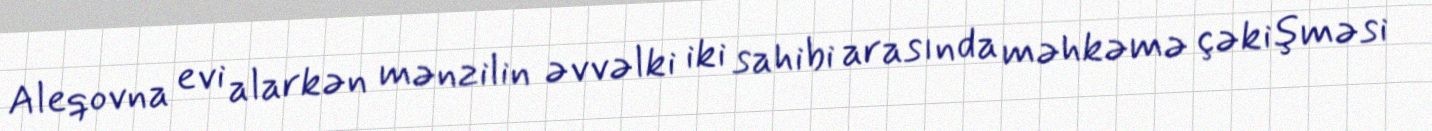
Aleqovna evi alarkən mənzilin əvvəlki iki sahibi arasında məhkəmə çəkişməsi